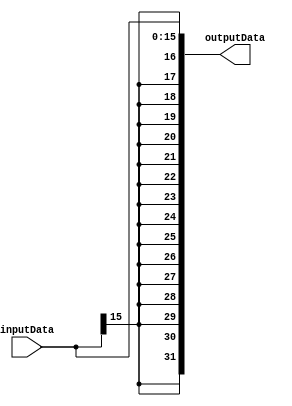
`timescale 1ps/1ps
module SignExt (
    inputData, 
    outputData
    );
    
    input [15:0] inputData;
    
    output [31:0] outputData;
    
    assign outputData = {{16{inputData[15]}}, inputData};
    
endmodule